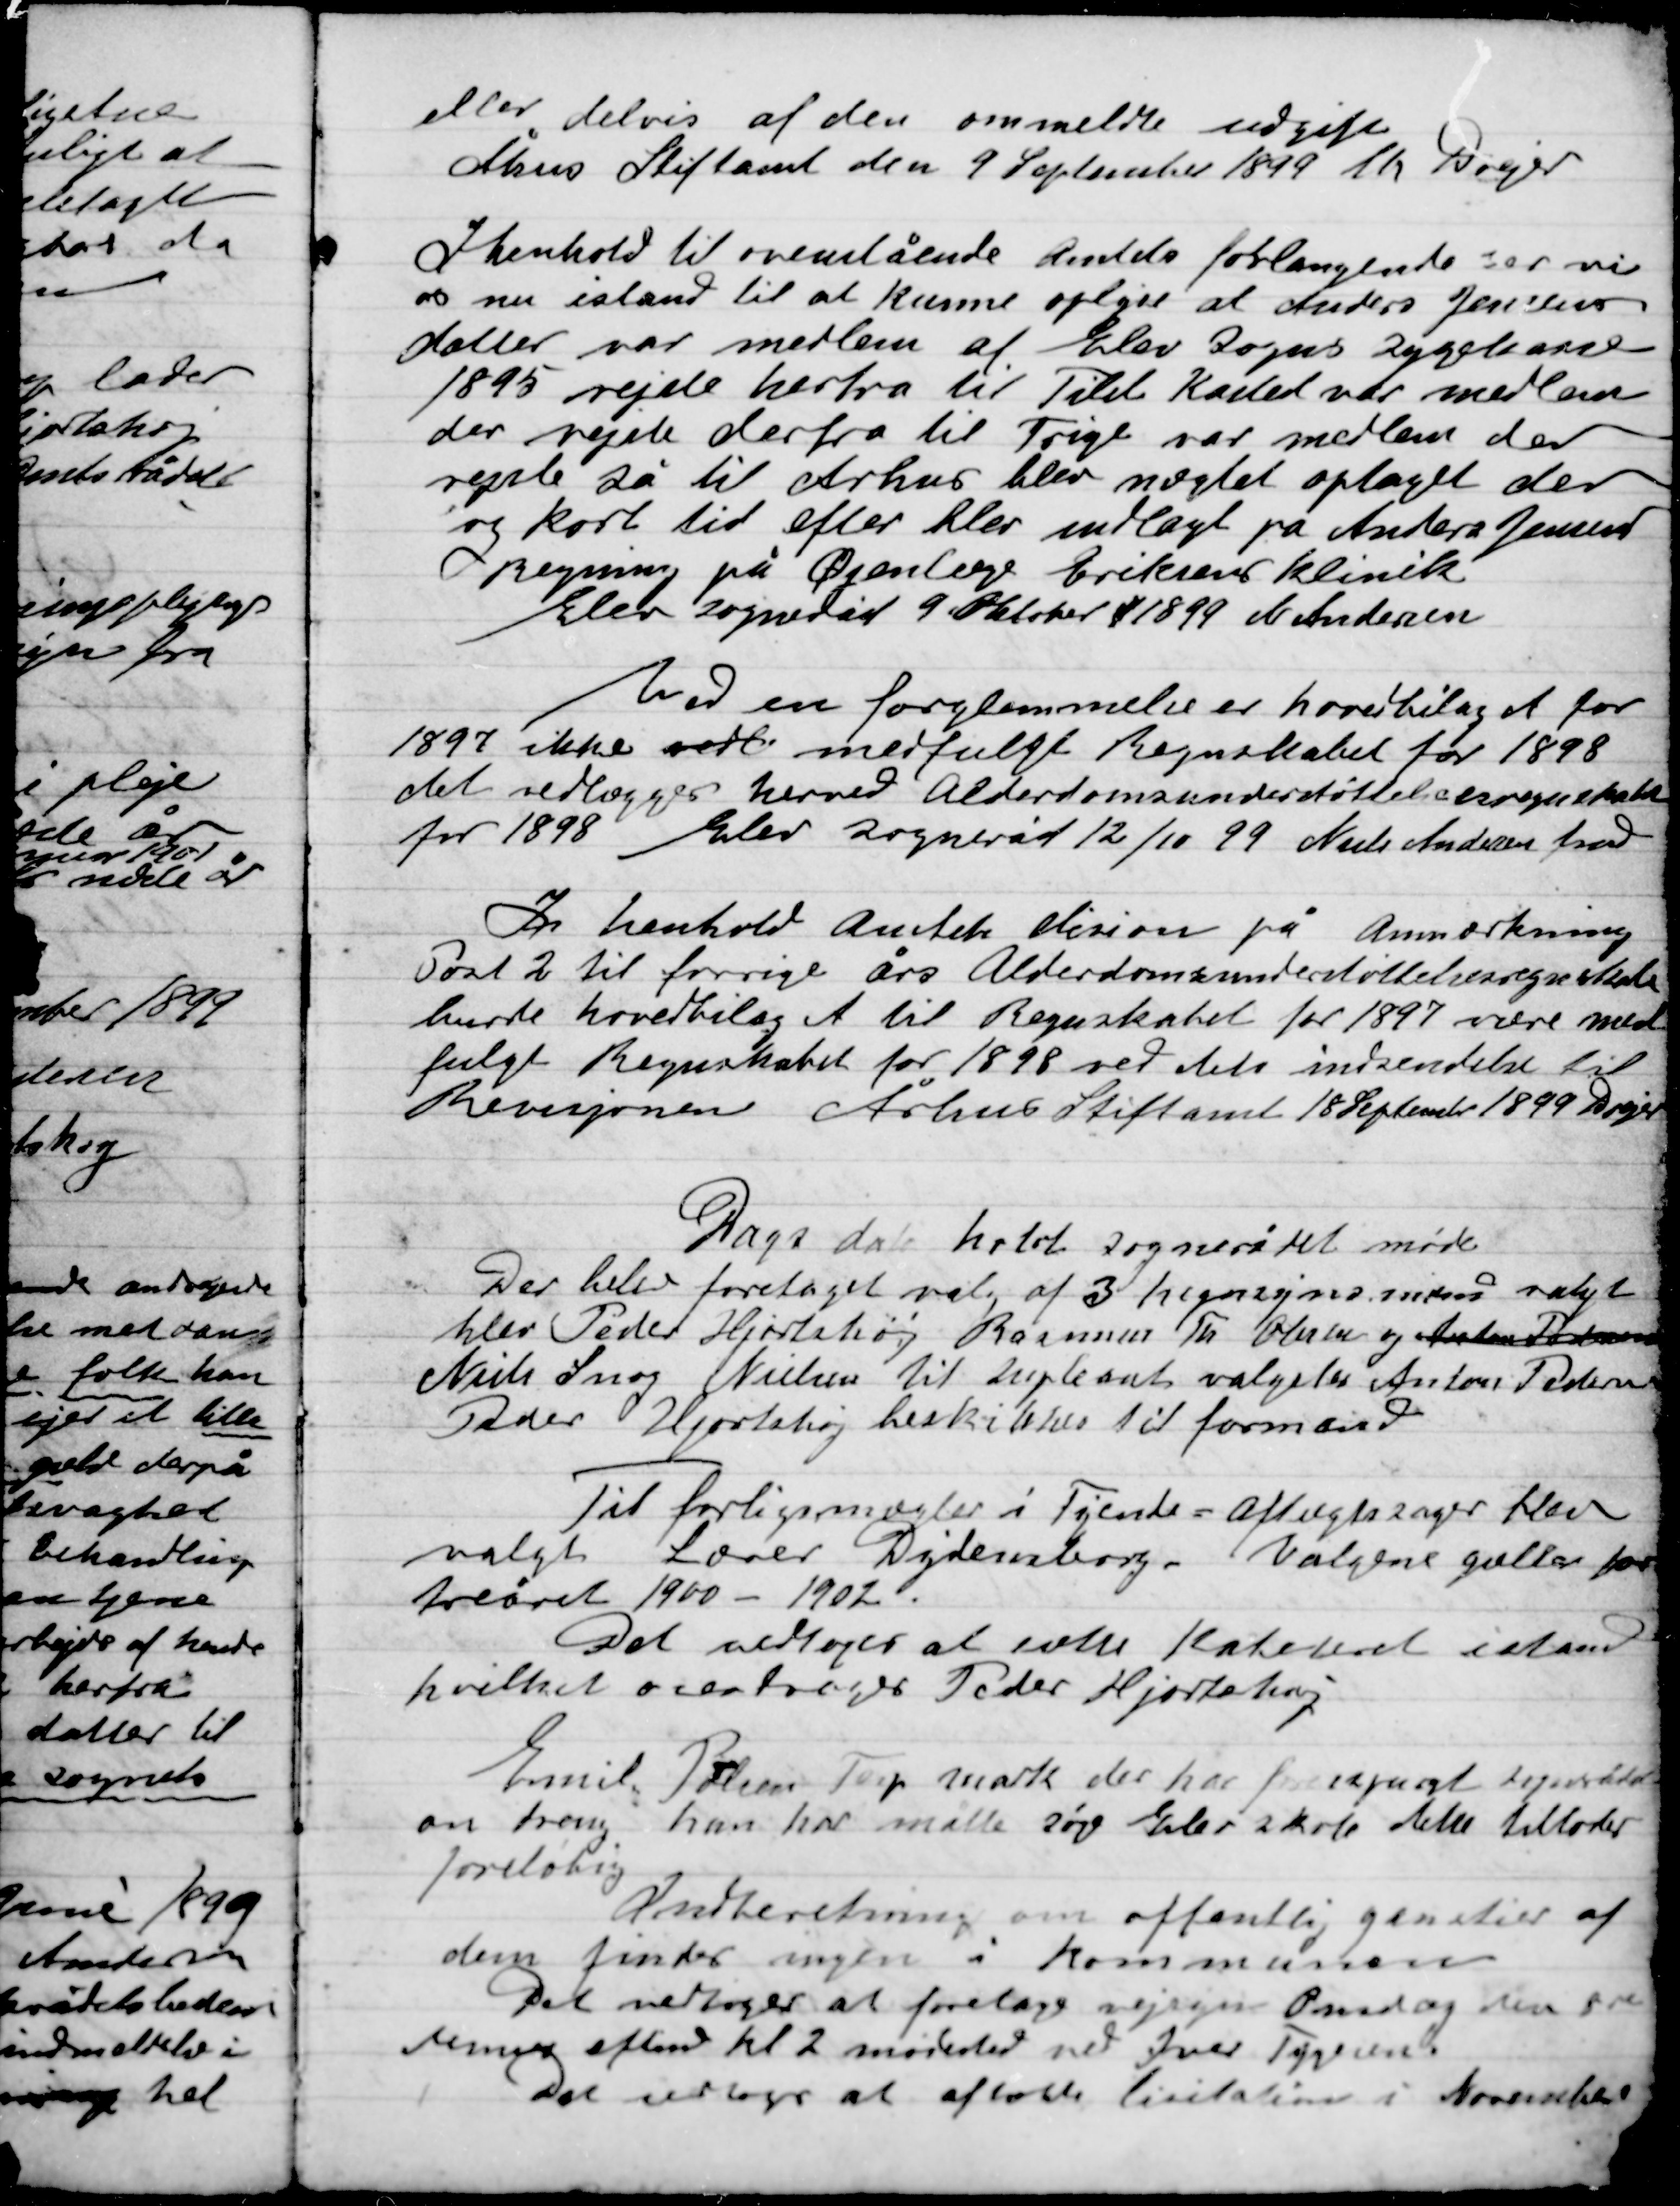
Transskription:
eller delvis af den ommeldte ugift
Århus Stiftsamt den 9 September 1899 Th. Drejer

I henhold til ovenstående  forlangende ser vi
os nu istand til at kunne oplyse at Anders Jensens
datter var medlem af Elevs Sogns Sygekasse
1895 rejste herfra til Tilst Kasted var medlem
der rejste derfra til Trige var medlem der
rejste så til Århus blev nægtet optaget der
og kort tid efter blev indlagt på Andrea Jensen
Regning på Øjenlæge Erikaens klinik
Elev Sogneråd 9 Oktober 1899 N. Andersen

Ved en forglemmelse er hovedbilaget for
1897 ikke vedt medfulgt Regnskabet for 1898
det vedlægges hermed Alderdomsunderstøttelsens regnskabet
for 1898  Elev Sogneråd 12/10 99 Niels Andersen fmd.

I henhold Amtets dision på Anmærkning
Post 2 til forrige års Alderdomsunderstøttelsens regnskabet
burde hovedbilag A til Regnskabet for 1897 være med-
fulgt Regnskabet for 1898 ved dets indsendelse til
Revisjonen Århus Stiftsamt 18 September 1899 Th. Drejer

Dags dato holdt sognerådet møde
Der blev foretaget valg af 3 hegnsyns mænd valgt
blev Peder Hjortshøj, Rasmus Th. Olsen og Anton Pedersen
Niels Snog Nielsen til suppleant valgtes Anton Pedersen
Peder Hjortshøj beskikkedes til formand.

Til forligsmægler i Tyende - Aftægtssager blev
valgt Lærer Dydensborg. Valgene gælder for
treåret 1900–1902.
Det vedtoges at sætte katederet i stand
hvilket overdroges Peder Hjortshøj.

Emil Poulsen Terp mark der har fremspurgt Sognerådet
om dreng han har måtte søge Elev skole dette tillodes
foreløbig.

Indberetning om offentlige gangstier af
dem finder ingen i kommunen.

Det vedtoges at foretage vejsyn Onsdag den 8de
januar eftermd. Kl. 2 mødested ved Ivar Thygesen

Det vedtoges at afholde licitation i November